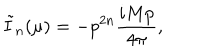
LaTeX: \tilde { I } _ { n } ( \mu ) = - p ^ { 2 n } \frac { i M p } { 4 \pi } ,